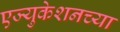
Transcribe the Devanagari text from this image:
एज्युकेशनच्या